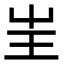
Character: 㞷